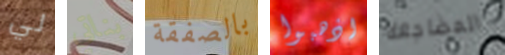
لي بناتي بالصفقة اذهبوا المضاجعة